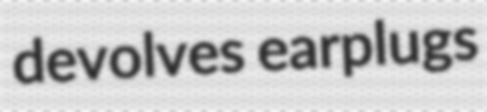
devolves earplugs